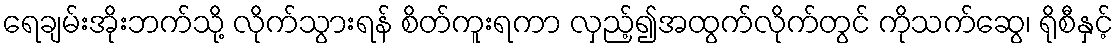
ရေချမ်းအိုးဘက်သို့ လိုက်သွားရန် စိတ်ကူးရကာ လှည့်၍အထွက်လိုက်တွင် ကိုသက်ဆွေ၊ ရိုစီနှင့်